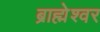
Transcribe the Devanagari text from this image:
ब्राह्मेश्‍वर